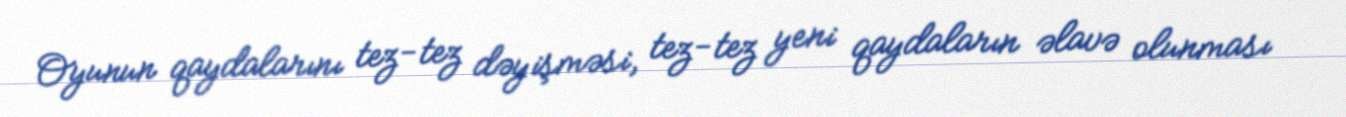
Oyunun qaydalarını tez-tez dəyişməsi, tez-tez yeni qaydaların əlavə olunması